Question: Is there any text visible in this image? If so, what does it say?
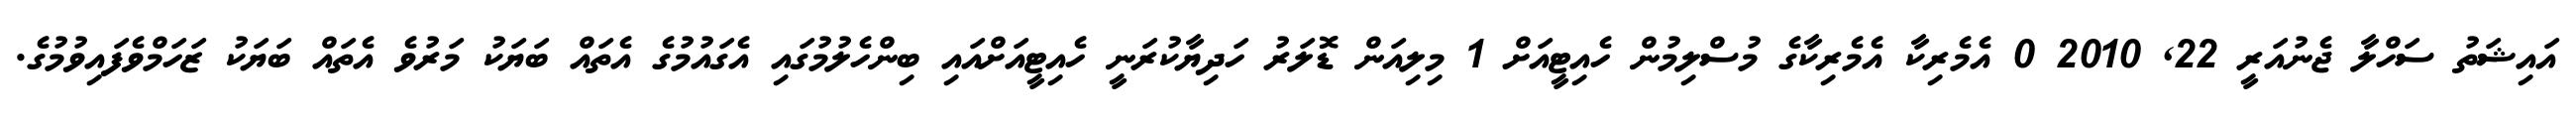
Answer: އައިޝަތު ސަހްލާ ޖެނުއަރީ 22, 2010 0 އެމެރިކާ އެމެރިކާގެ މުސްލިމުން ހެއިޓީއަށް 1 މިލިއަން ޑޮލަރު ހަދިޔާކުރަނީ ހެއިޓީއަށްއައި ބިންހެލުމުގައި އެގައުމުގެ އެތައް ބަޔަކު މަރުވެ އެތައް ބަޔަކު ޒަހަމްވެފައިވުމުގެ.